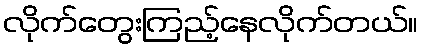
လိုက်တွေးကြည့်နေလိုက်တယ်။